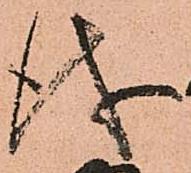
儀